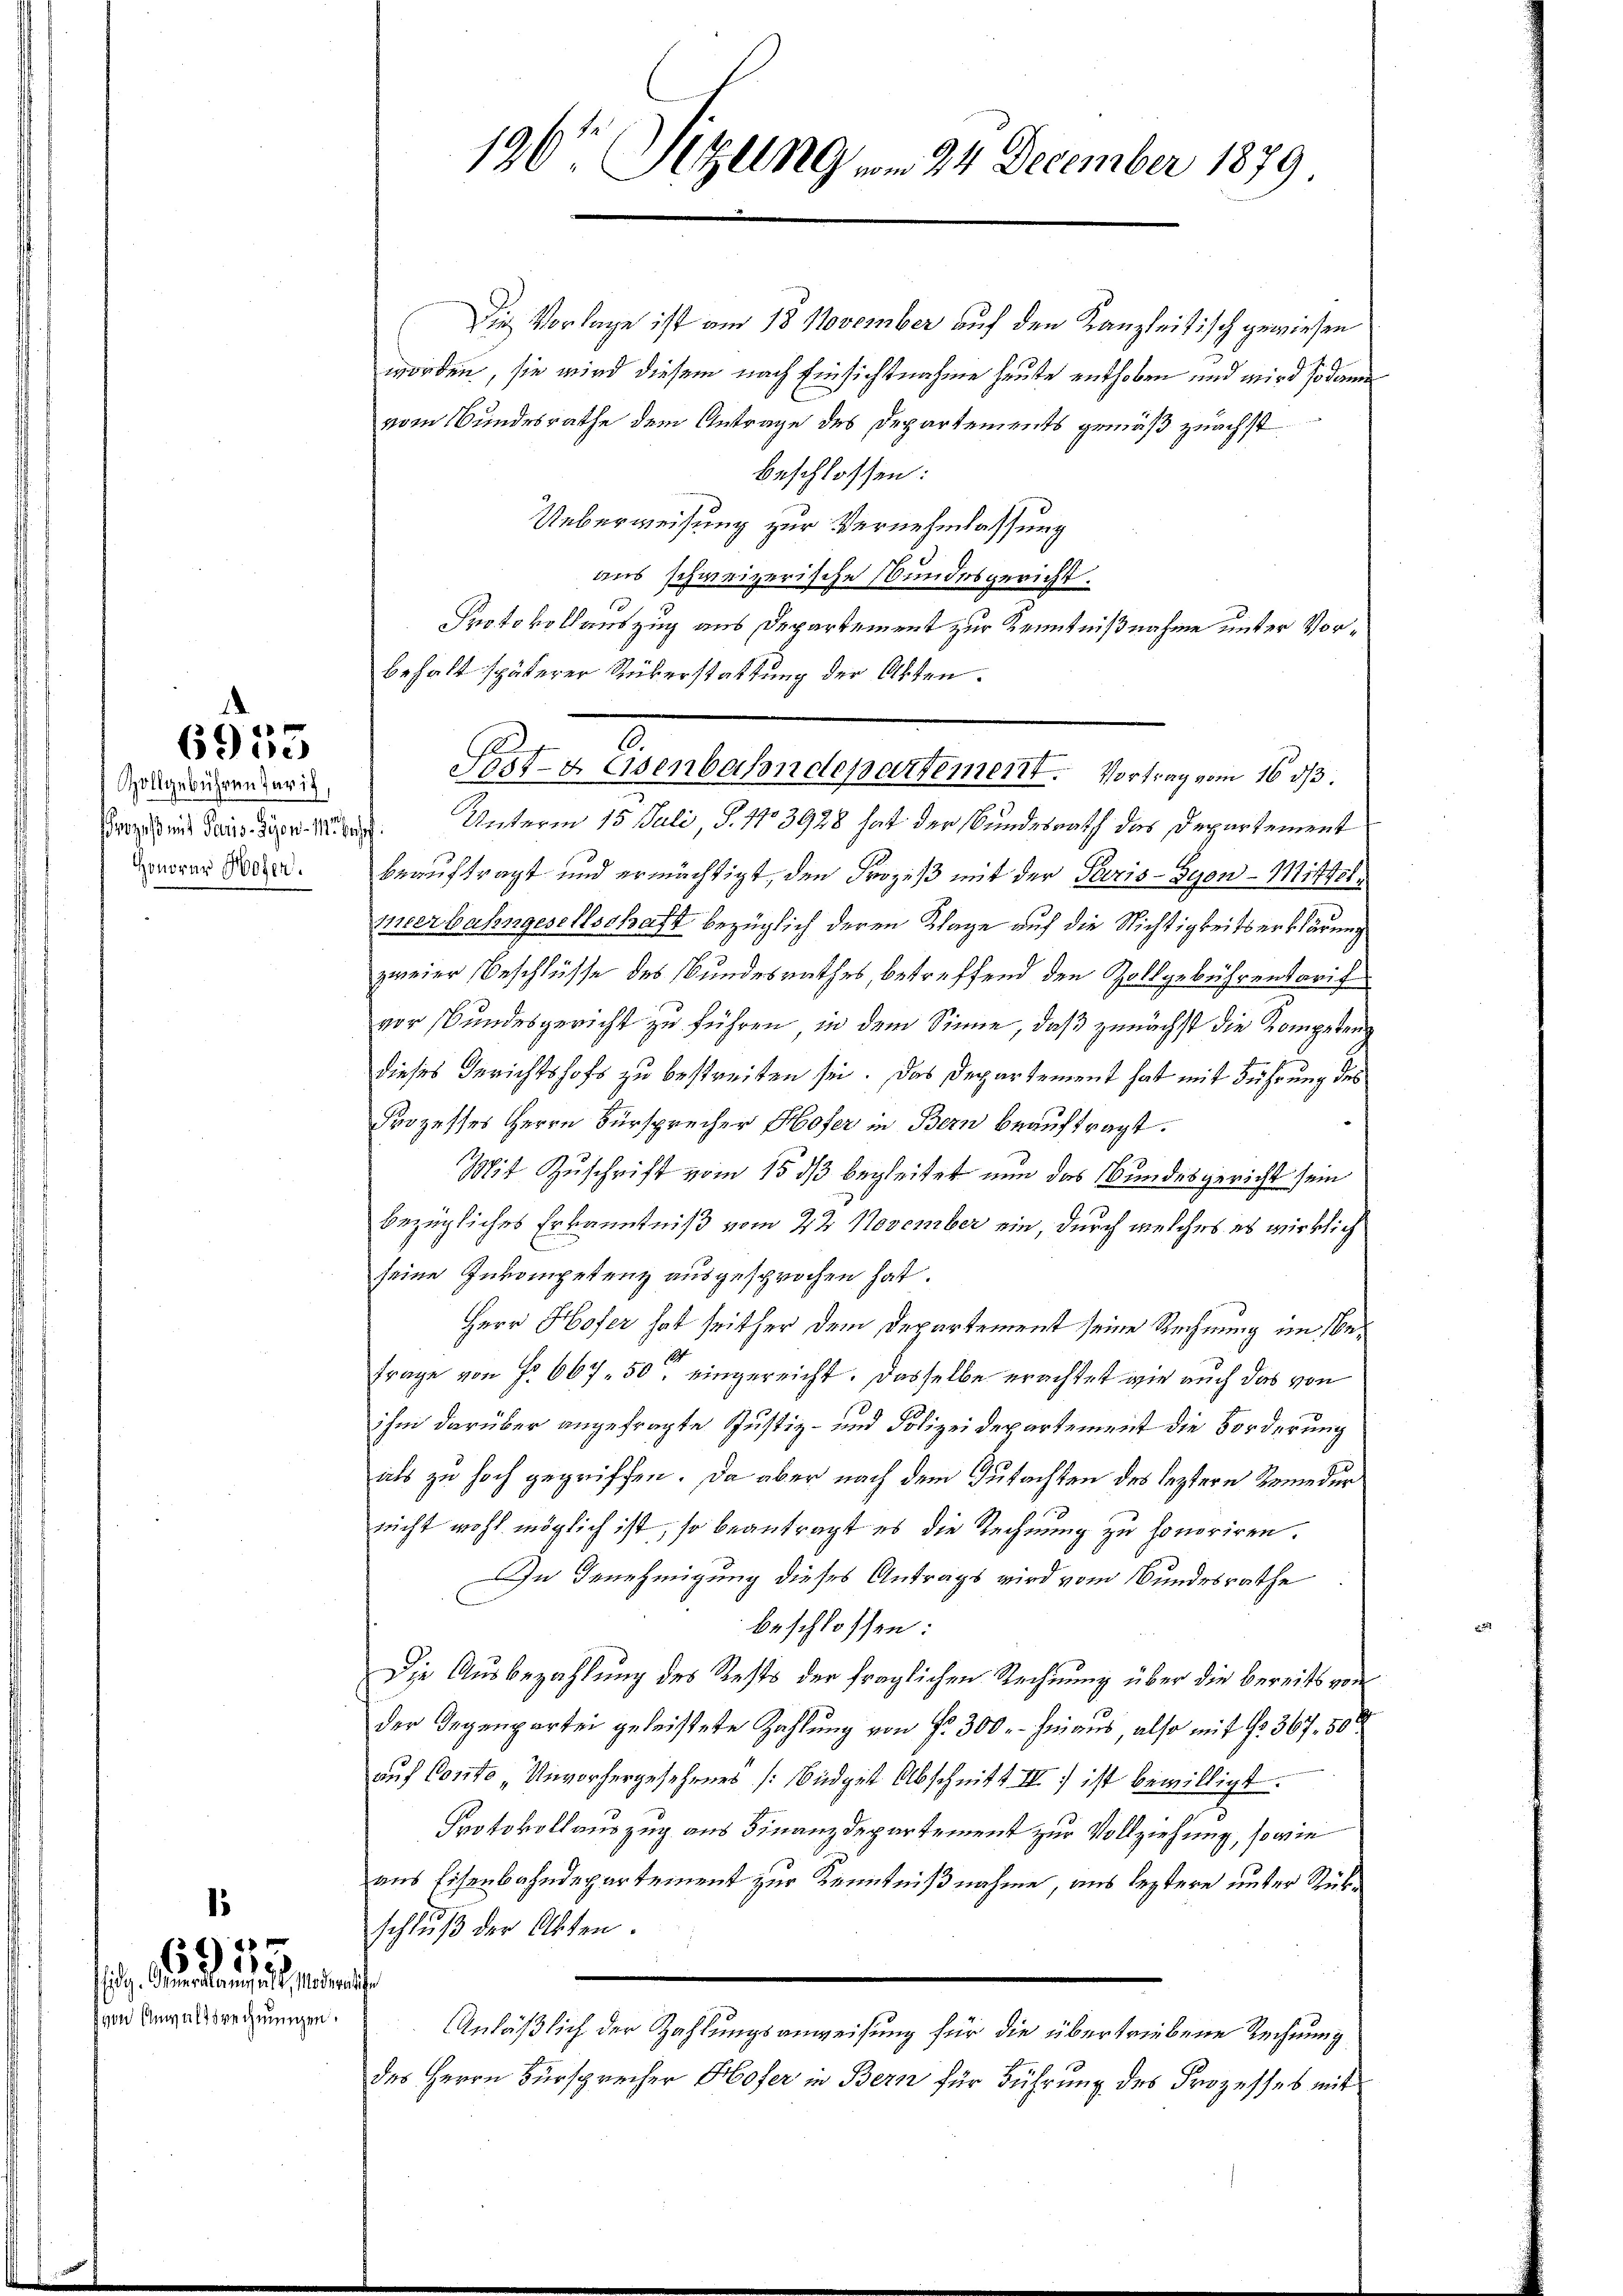
6955

Zollgebühren Paris,
Honorar Hofer.

von Anwaltsrechnungen.

69 des
Eidg. Die Klaus alt, Morderliche

Die Vorlage ist am 18. November auf den Kanzleitisch gewiesen
worden, sie wird diesem nach Einsichtnahme heute enthoben und wird sodann
vom Bundesrathe dem Antrage des Departements gemäß zuächst
beschlossen:
Ueberweisung zur Vernehmlassung
aus schweizerische Stundesgericht.
Protokollauszug aus Departement zur Kenntnißnahme unter Vorbehalt späterer Rükerstattung der Akten.
Prozeß mit Dans Piper. Unterm 15. Juli, S. 1103928 hat der Bundesrath das Departement
beauftragt und ermächtigt, den Prozeß mit der Paris-Gyon-Mittel
eerbahngesellschaft bezüglich deren Klage auf die Nichtigkeitserklärung
zweier Beschlüsse des Bundesrathes, betreffend den Zollgebührentarif
vor Bundesgericht zu führen, in dem Sinne, daß zunächst die Kompeten
dieses Gerichtshofs zu bestreiten sei. Das Departement hat mit Führung des
Prozesses Herrn Fürsprecher Hofer in Bern beauftragt.
Mit Zuschrift vom 15. ds begleitet nun das Bundesgericht sein
bezügliches Erkenntniß vom 22. November ein, durch welches es wirklich
seine Inkompetenz ausgesprochen hat.
Herr Hofer hat seither dem Departement seine Rechnung im be¬
Frage von Fr. 667 50 eingereicht. Dasselbe erachtet wir auch das von
ihm darüber angefragte Justiz- und Polizeidepartement die Forderung
als zu hoch gegriffen. Da aber nach dem Gutachten des leztere Beneder
nicht wohl möglich ist, so beantragt es die Rechnung zu honoriren.
In Genehmigung dieses Antrags wird vom Bundesrathe
beschlossen:
Die Ausbezahlung des Rests der fraglichen Rechnung über die bereits von
der Gegenpartei geleistete Zahlung von fr. 300. hinaus, also mit 1367, 50
auf Conto Unvorhergesehenes Büdget Abschnitt III) ist bewilligt.
Protokollauszug aus Finanzdepartement zur Vollziehung, so wie
aus Eisenbahndepartement zur Kenntnißnahme, aus leztere unter Rükschlŭβ der Akten.
Anläßlich der Zahlungsanweisung für die übertriebene Rechnung
des Herrn Fürsprecher Hofer in Bern für Führung des Prozesses mit

196. Sitzung vom 24 December 1879

1
Post- & Eisenbahndepartement. Vortrag vom 16. d.